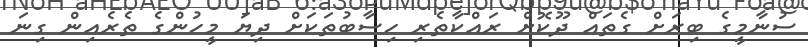
ސުނާމީގެ ބިރަށް ގެތައް ދޫކޮށް ރައްކާތެރި ހިސާބުތަކަށް ދިޔަ މީހުންގެ ތެރެއިން ގިނަ